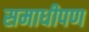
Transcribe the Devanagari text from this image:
समाधीपण